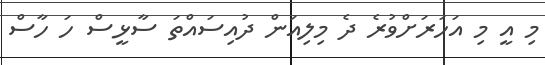
މި އީ މި އަހަރަށްވުރެ ދެ މިލިއަން ދުއިސައްތަ ސާޅީސް ހަ ހާސް